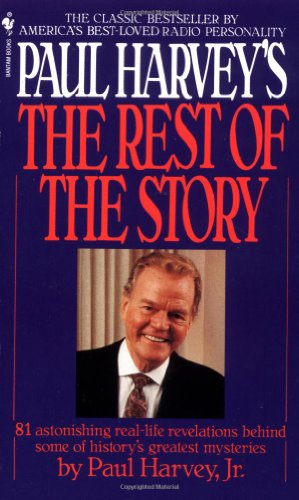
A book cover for Paul Harvey's the Rest of the Story; Paul Aurandt; Humor & Entertainment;